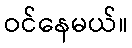
ဝင်နေမယ်။